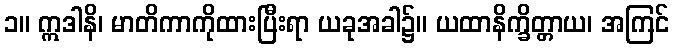
၁။ ဣဒါနိ၊ မာတိကာကိုထားပြီးရာ ယခုအခါ၌။ ယထာနိက္ခိတ္တာယ၊ အကြင်